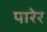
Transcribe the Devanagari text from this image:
पारेर